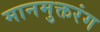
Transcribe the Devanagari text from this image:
मानमुक्तरंग